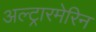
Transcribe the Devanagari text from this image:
अल्ट्रारमेरिन